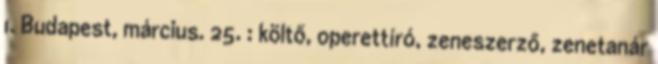
1. Budapest, március. 25. : költő, operettíró, zeneszerző, zenetanár